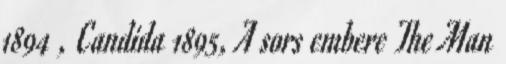
1894 , Candida 1895, A sors embere The Man